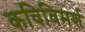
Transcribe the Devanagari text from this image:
कविविमर्श